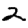
Digit: 2